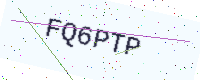
Text: FQ6PTP